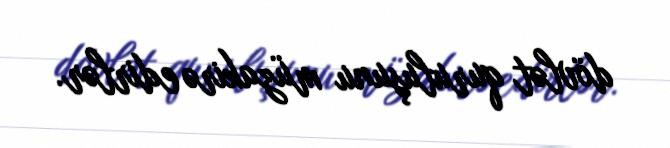
dövlət quruluşunu müzakirə edirlər.